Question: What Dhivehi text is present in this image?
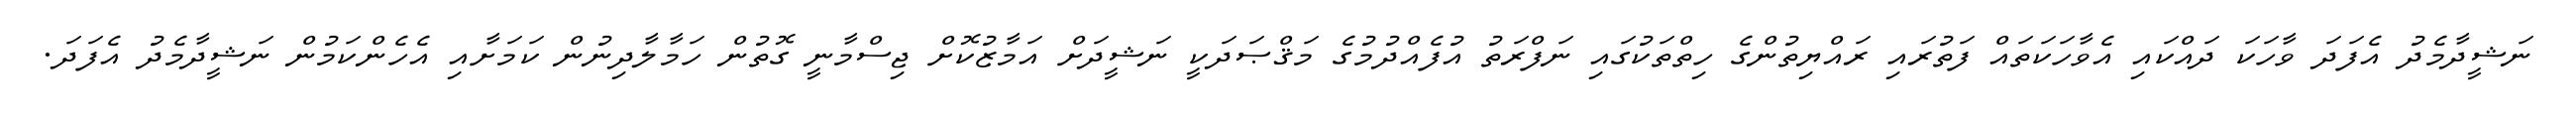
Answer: ނަޝީދާމެދު އެފަދަ ވާހަކަ ދައްކައި އެވާހަކަތައް ފަތުރައި ރައްޔިތުންގެ ހިތްތަކުގައި ނަފްރަތު އުފެއްދުމުގެ މަޤްޞަދަކީ ނަޝީދަށް އަމާޒުކޮށް ޖިސްމާނީ ގޮތުން ހަމާލާދިނުން ކަމަށާއި އެހެންކަމުން ނަޝީދާމެދު އެފަދަ.